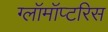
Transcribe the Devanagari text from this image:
ग्लॉमॉप्टरिस